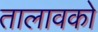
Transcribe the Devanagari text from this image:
तालावको